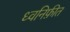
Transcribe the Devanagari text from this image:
ध्वनिफ़ीत